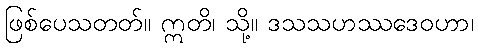
ဖြစ်ပေသတတ်။ ဣတိ၊ သို့။ ဒသသဟဿဒေဝဟာ၊